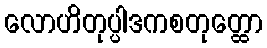
လောဟိတုပ္ပါဒကစတုတ္ထော